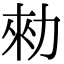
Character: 勑